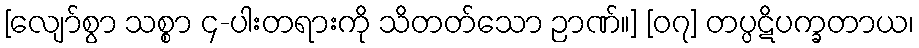
[လျော်စွာ သစ္စာ ၄-ပါးတရားကို သိတတ်သော ဉာဏ်။] [၀၇] တပ္ပဋိပက္ခတာယ၊